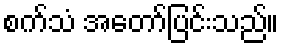
စက်သံ အတော်ပြင်းသည်။